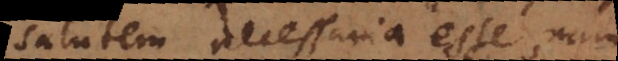
salutem necessaria esse, nam